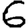
Digit: 6